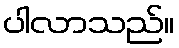
ပါလာသည်။